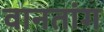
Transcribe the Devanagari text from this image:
वानतांग